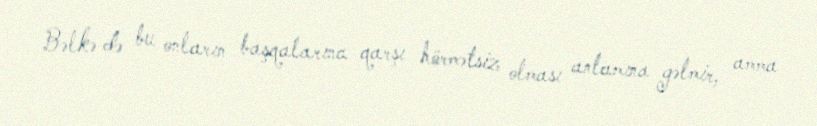
Bəlkə də bu onların başqalarına qarşı hörmətsiz olması anlamına gəlmir, amma